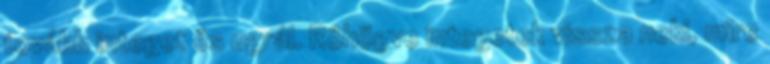
tovább integet és ugrál. Röhögve integetek vissza neki, mire